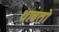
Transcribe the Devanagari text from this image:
थाबतो